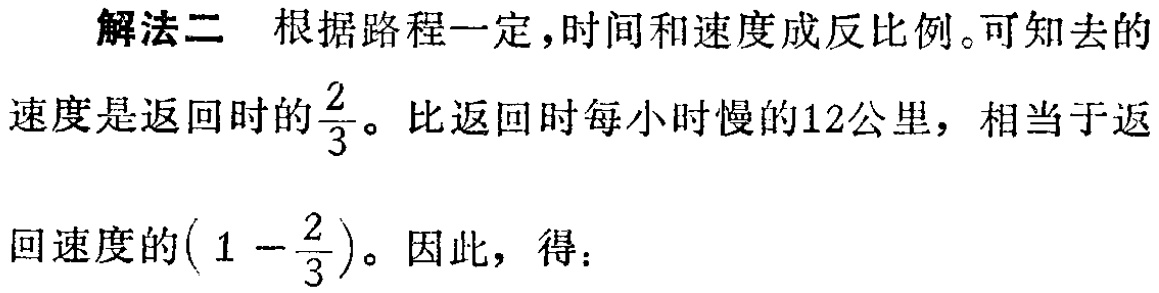
解法二 根据路程一定，时间和速度成反比例。可知去的

速度是返回时的$\frac{2}{3}$。比返回时每小时慢的12公里，相当于返

回速度的$(1 - \frac{2}{3})$。因此，得：